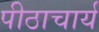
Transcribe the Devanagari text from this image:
पीठाचार्य